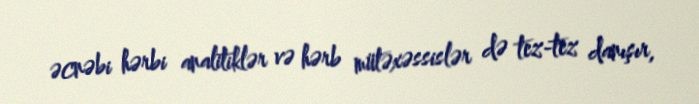
əcnəbi hərbi analitiklər və hərb mütəxəssislər də tez-tez danışır,